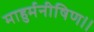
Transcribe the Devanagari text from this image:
माहुर्मनीषिण।।